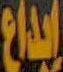
إبداع